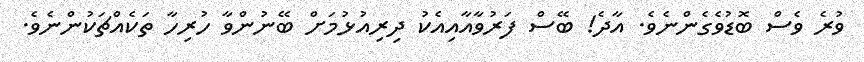
ވުރެ ވެސް ބޮޑުވެގެންނެވެ. އާދެ! ބޭސް ފަރުވާއާއިއެކު ދިރިއުޅުމަށް ބޭނުންވާ ހުރިހާ ތަކެއްޗަކުންނެވެ.